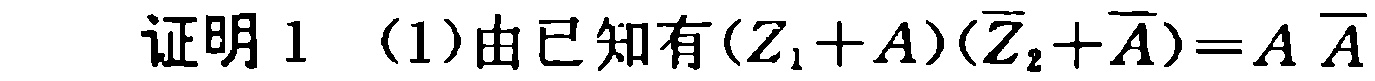
证明 1 （1）由已知有\((Z_1 + A)(\overline{Z}_2+\overline{A}) = A\overline{A}\)